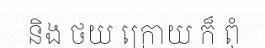
និង ថយ ក្រោយ ក៏ ពុំ